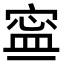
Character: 𡩬